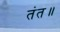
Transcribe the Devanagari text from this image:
तंत॥